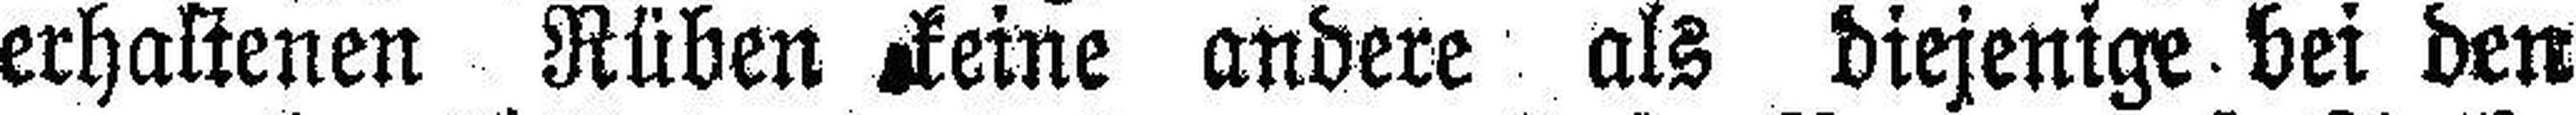
erhaltenen Rüben keine andere als diejenige bei den